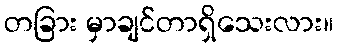
တခြား မှာချင်တာရှိသေးလား။